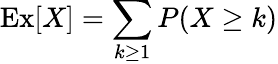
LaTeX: \operatorname{\mathrm{Ex}}[X]=\sum_{k\geq 1}P(X\geq k)